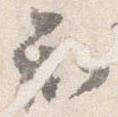
知